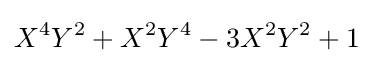
X^{4}Y^{2}+X^{2}Y^{4}-3X^{2}Y^{2}+1